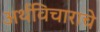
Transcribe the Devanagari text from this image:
अर्थविचाराचे